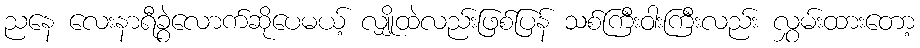
ညနေ လေးနာရီခွဲလောက်ဆိုပေမယ့် လျှိုထဲလည်းဖြစ်ပြန် သစ်ကြီးဝါးကြီးလည်း လွှမ်းထားတော့